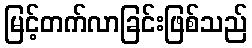
မြင့်တက်လာခြင်းဖြစ်သည်